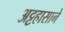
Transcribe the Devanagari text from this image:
अट्टहासाने